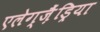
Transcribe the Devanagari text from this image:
एलेग्ज़ैंड्रिया